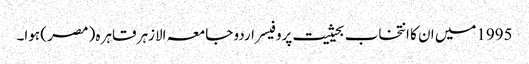
1995میں ان کا انتخاب بحیثیت پروفیسر اردو جامعہ الازہر قاہرہ ( مصر ) ہوا۔